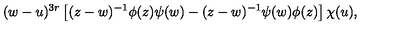
( w - u ) ^ { 3 r } \left[ ( z - w ) ^ { - 1 } \phi ( z ) \psi ( w ) - ( z - w ) ^ { - 1 } \psi ( w ) \phi ( z ) \right] \chi ( u ) ,